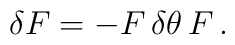
\delta F  =  - F \, \delta\theta \, F \,.